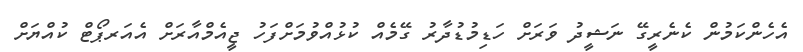
އެހެންކަމުން ކެނެރީގޭ ނަޝީދު ވަރަށް ހަޑިމުޑުދާރު ގޭމެއް ކުޅުއްވުމަށްފަހު ޖީއެމްއާރަށް އެއަރޕޯޓް ކުއްޔަށް